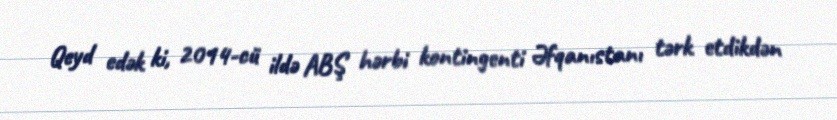
Qeyd edək ki, 2014-cü ildə ABŞ hərbi kontingenti Əfqanıstanı tərk etdikdən